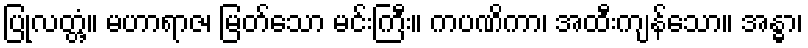
ပြုလတ္တံ့။ မဟာရာဇ၊ မြတ်သော မင်းကြီး။ ကပဏိကာ၊ အထီးကျန်သော။ အန္ဓာ၊